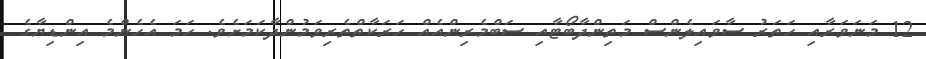
12 މަނަވަރާއި ހަތަރު ސާވައިލެންސް މަތިންދާބޯޓާއި ސަބްމެރިންއެއް ހަރަކާތްތެރިވަމުންދާކަމަށެވެ. ހަމަ އެހެންމެ އިންޑިޔާގެ